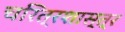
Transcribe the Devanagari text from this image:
चरित्रशास्त्र